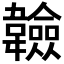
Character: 𩏩